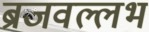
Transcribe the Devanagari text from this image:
ब्रजवल्लभ